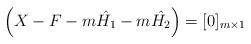
LaTeX: \begin{align*}\Big(X-F-m\hat{H_1}-m\hat{H_2}\Big)=[0]_{m\times 1}\end{align*}